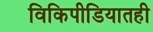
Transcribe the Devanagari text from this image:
विकिपीडियातही